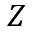
Z